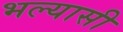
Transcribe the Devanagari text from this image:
भल्यासी